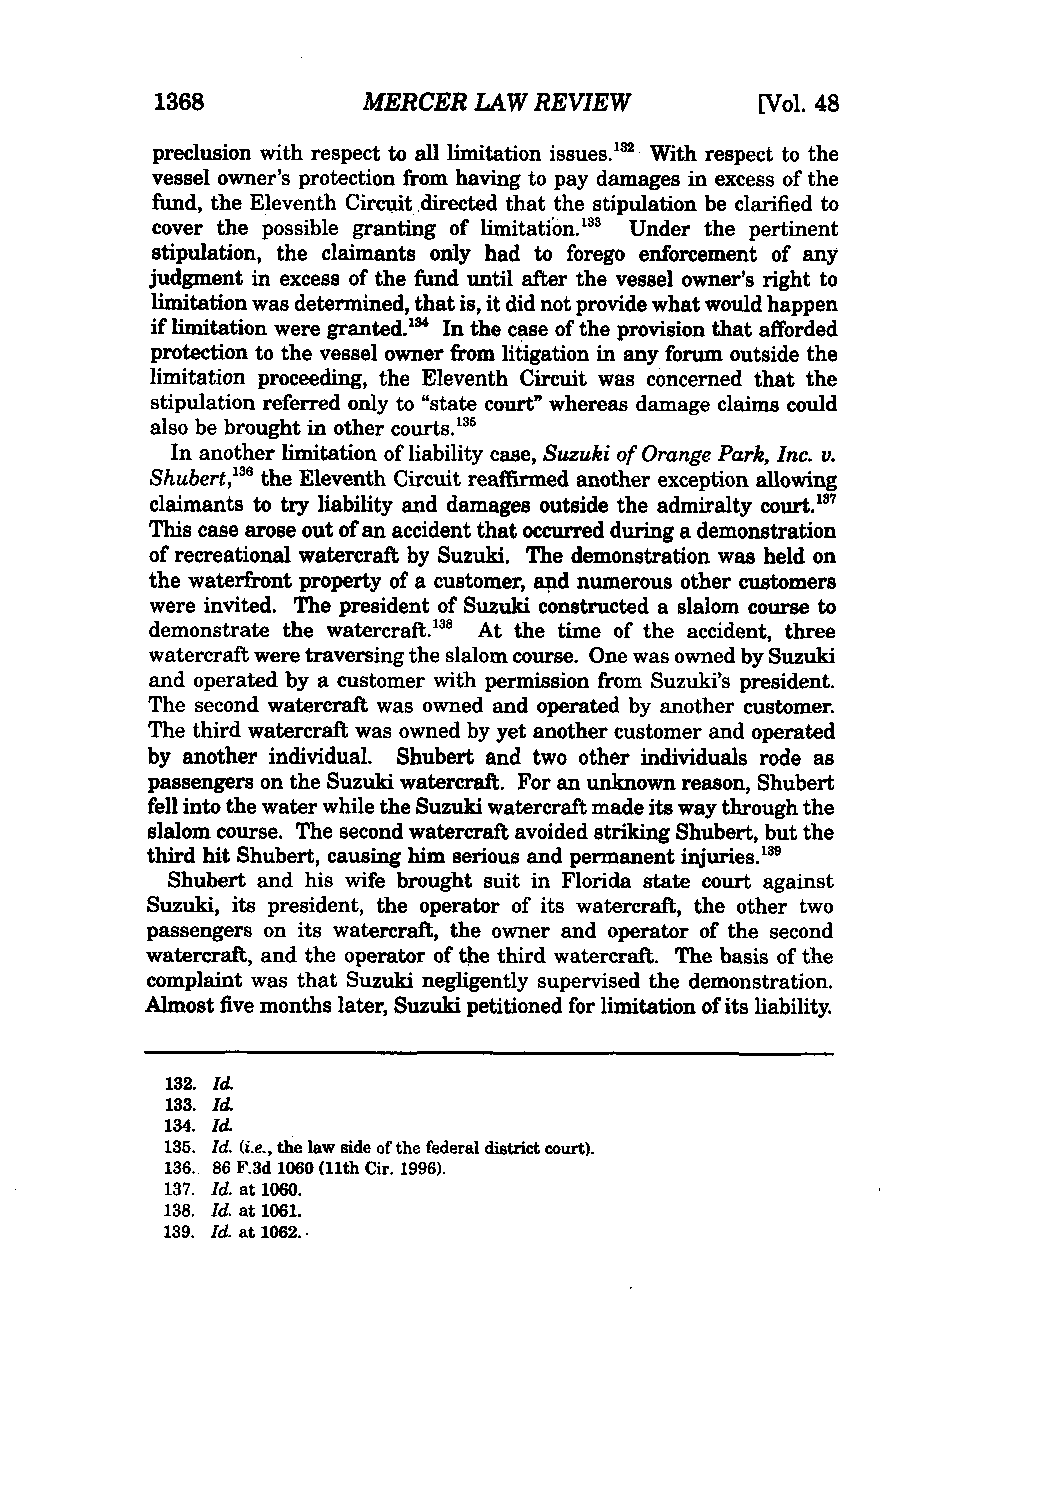
1368          MERCER LAW REVIEW         [Vol. 48
 preclusion with respect to all limitation issues.32 With respect to the
 vessel owner's protection from having to pay damages in excess of the
 fund, the Eleventh Circuit directed that the stipulation be clarified to
 cover the possible granting of limitation.38' Under the pertinent
 stipulation, the claimants only had to forego enforcement of any
 judgment in excess of the fund until after the vessel owner's right to
 limitation was determined, that is, it did not provide what would happen
 if limitation were granted."4 In the case of the provision that afforded
 protection to the vessel owner from litigation in any forum outside the
 limitation proceeding, the Eleventh Circuit was concerned that the
 stipulation referred only to "state court" whereas damage claims could
 also be brought in other courts. 8'
 In another limitation of liability case, Suzuki of Orange Park, Inc. v.
 Shubert,18 the Eleventh Circuit reaffirmed another exception allowing
 claimants to try liability and damages outside the admiralty court.37
 This case arose out of an accident that occurred during a demonstration
 of recreational watercraft by Suzuki. The demonstration was held on
 the waterfront property of a customer, and numerous other customers
 were invited. The president of Suzuki constructed a slalom course to
 demonstrate the watercraft." At the time of the accident, three
 watercraft were traversing the slalom course. One was owned by Suzuki
 and operated by a customer with permission from Suzuki's president.
 The second watercraft was owned and operated by another customer.
 The third watercraft was owned by yet another customer and operated
 by another individual. Shubert and two other individuals rode as
 passengers on the Suzuki watercraft. For an unknown reason, Shubert
 fell into the water while the Suzuki watercraft made its way through the
 slalom course. The second watercraft avoided striking Shubert, but the
 third hit Shubert, causing him serious and permanent injuries."
 Shubert and his wife brought suit in Florida state court against
 Suzuki, its president, the operator of its watercraft, the other two
 passengers on its watercraft, the owner and operator of the second
 watercraft, and the operator of the third watercraft. The basis of the
 complaint was that Suzuki negligently supervised the demonstration.
 Almost five months later, Suzuki petitioned for limitation of its liability.
 132. Id.
 133. Id.
 134. Id.
 135. Id. (i.e., the law side of the federal district court).
 136. 86 F.3d 1060 (11th Cir. 1996).
 137. Id. at 1060.
 138. I& at 1061.
 139. Id. at 1062.